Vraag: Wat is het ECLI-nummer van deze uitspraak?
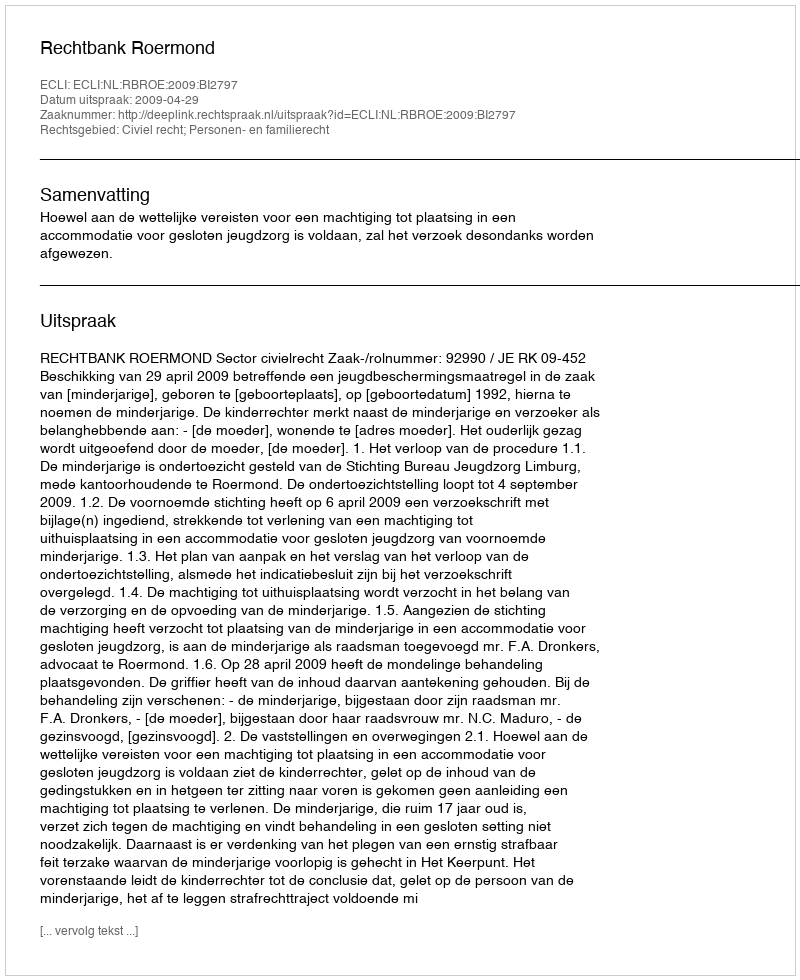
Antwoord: ECLI:NL:RBROE:2009:BI2797